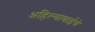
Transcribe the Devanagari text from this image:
अहिल्याबाईचे